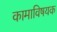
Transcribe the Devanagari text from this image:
कामाविषयक